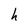
Character: h